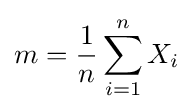
m={\frac {1}{n}}\sum _{i=1}^{n}X_{i}